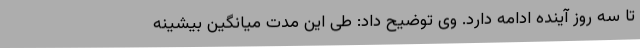
تا سه روز آینده ادامه دارد. وی توضیح داد: طی این مدت میانگین بیشینه